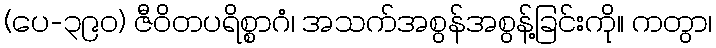
(ပေ-၃၉၀) ဇီဝိတပရိစ္စာဂံ၊ အသက်အစွန်အစွန့်ခြင်းကို။ ကတွာ၊